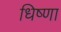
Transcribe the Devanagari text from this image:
धिष्णा